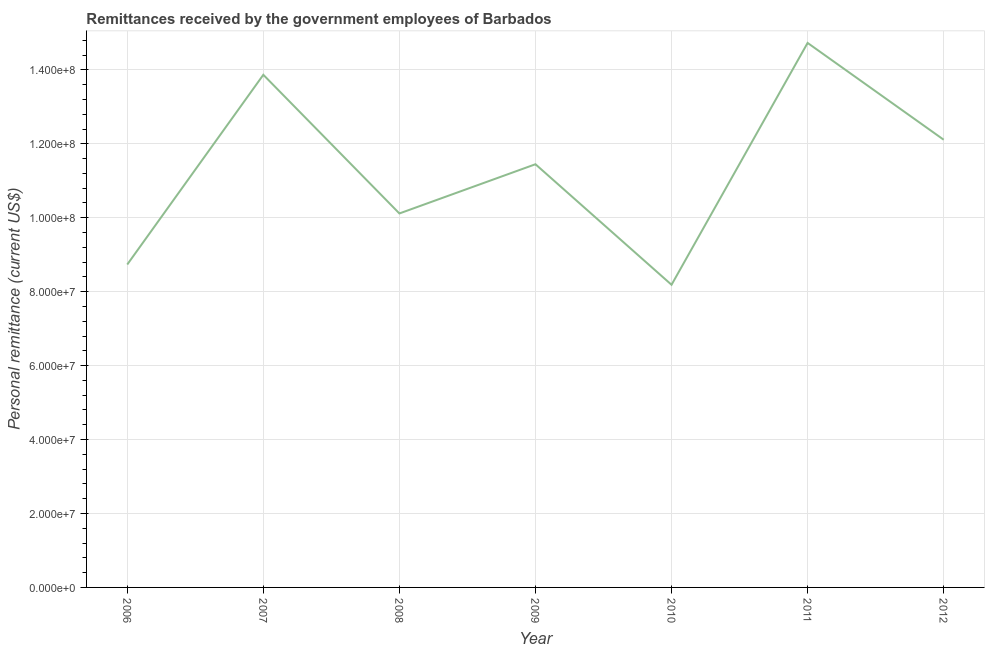
| Year | Personal remittances |
 | --- | --- |
 | 2006 | 8.73e+07 |
 | 2007 | 1.39e+08 |
 | 2008 | 1.01e+08 |
 | 2009 | 1.14e+08 |
 | 2010 | 8.19e+07 |
 | 2011 | 1.47e+08 |
 | 2012 | 1.21e+08 |